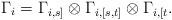
LaTeX: \begin{align*}\Gamma_i = \Gamma_{i,s]}\otimes \Gamma_{i,[s,t]}\otimes \Gamma_{i,[t}. \end{align*}